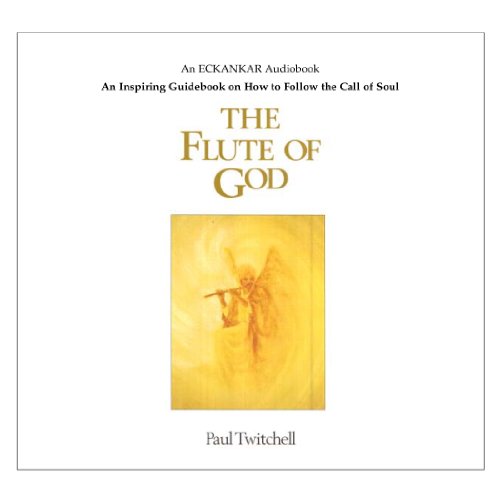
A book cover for Flute of God Audio Book; Paul Twitchell; Religion & Spirituality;